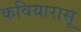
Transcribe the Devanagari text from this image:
कवियारासू